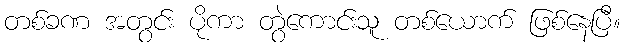
တစ်ခဏ အတွင်း ပိုကာ တွဲကောင်းသူ တစ်ယောက် ဖြစ်နေပြီ။